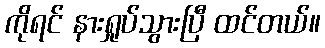
ကိုရင် နားရှုပ်သွားပြီ ထင်တယ်။